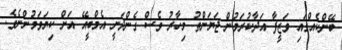
ބޭންކެއްގައި ވަޒީފާ އަދާކުރަމުން ޖަޔަންތު މިހާރު ވެސް ގެންދަނީ އެމްބީއޭ އަށް ކިޔަވަމުންނެވެ.